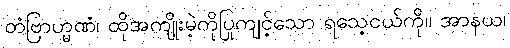
တံဗြာဟ္မဏံ၊ ထိုအကျိုးမဲ့ကိုပြုကျင့်သော ရသေ့ငယ်ကို။ အာနယ၊